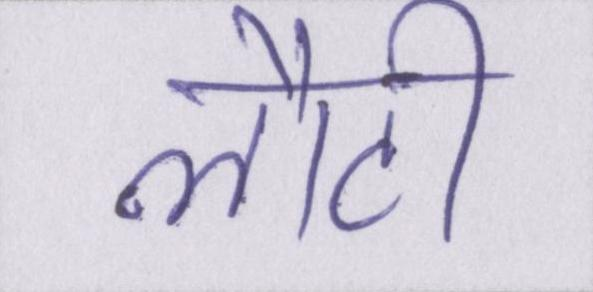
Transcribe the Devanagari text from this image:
लौटी